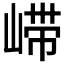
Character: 𫶇